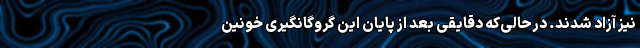
نیز آزاد شدند. درحالی‌که دقایقی بعد از پایان این گروگانگیری خونین